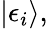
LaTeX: |\epsilon_{i}\rangle,